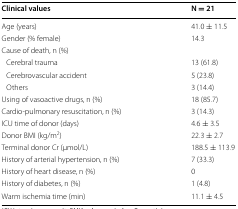
| Clinical values | N = 21 |
 | --- | --- |
 | Age (years) | 41.0 ± 11.5 |
 | Gender (% female) | 14.3 |
 | <COLSPAN=2> Cause of death, n (%) |
 | Cerebral trauma | 13 (61.8) |
 | Cerebrovascular accident | 5 (23.8) |
 | Others | 3 (14.4) |
 | Using of vasoactive drugs, n (%) | 18 (85.7) |
 | Cardio-pulmonary resuscitation, n (%) | 3 (14.3) |
 | ICU time of donor (days) | 4.6 ± 3.5 |
 | Donor BMI (kg/m2) | 22.3 ± 2.7 |
 | Terminal donor Cr (μmol/L) | 188.5 ± 113.9 |
 | History of arterial hypertension, n (%) | 7 (33.3) |
 | History of heart disease, n (%) | 0 |
 | History of diabetes, n (%) | 1 (4.8) |
 | Warm ischemia time (min) | 11.1 ± 4.5 |